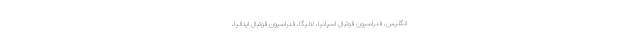
انگلیس، فدراسیون فوتبال اسپانیا، لالیگا، فدراسیون فوتبال ایتالیا،